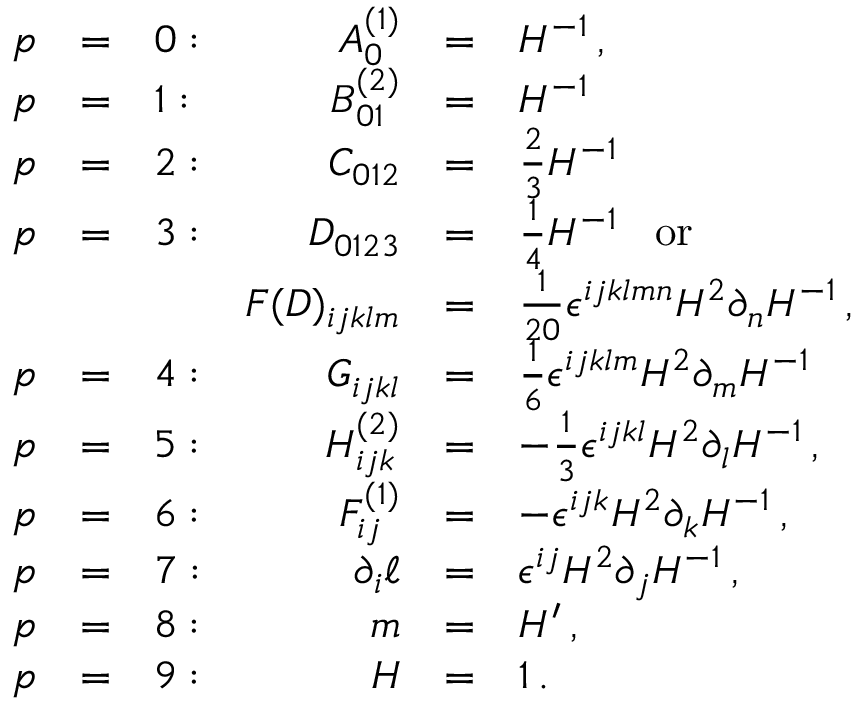
\begin{array} { r c l r c l } { { p } } & { { = } } & { { 0 : } } & { { A _ { 0 } ^ { ( 1 ) } } } & { { = } } & { { H ^ { - 1 } \, , } } \\ { { p } } & { { = } } & { { 1 : } } & { { { \cal B } _ { 0 1 } ^ { ( 2 ) } } } & { { = } } & { { H ^ { - 1 } \, } } \\ { { p } } & { { = } } & { { 2 : } } & { { C _ { 0 1 2 } } } & { { = } } & { { { \frac { 2 } { 3 } } H ^ { - 1 } \, } } \\ { { p } } & { { = } } & { { 3 : } } & { { D _ { 0 1 2 3 } } } & { { = } } & { { { \frac { 1 } { 4 } } H ^ { - 1 } \, \ \ \mathrm { o r } } } \\ { { } } & { { } } & { { } } & { { F ( D ) _ { i j k l m } } } & { { = } } & { { { \frac { 1 } { 2 0 } } \epsilon ^ { i j k l m n } H ^ { 2 } \partial _ { n } H ^ { - 1 } \, , } } \\ { { p } } & { { = } } & { { 4 : } } & { { G _ { i j k l } } } & { { = } } & { { { \frac { 1 } { 6 } } \epsilon ^ { i j k l m } H ^ { 2 } \partial _ { m } H ^ { - 1 } \, } } \\ { { p } } & { { = } } & { { 5 : } } & { { { \cal H } _ { i j k } ^ { ( 2 ) } } } & { { = } } & { { - { \frac { 1 } { 3 } } \epsilon ^ { i j k l } H ^ { 2 } \partial _ { l } H ^ { - 1 } \, , } } \\ { { p } } & { { = } } & { { 6 : } } & { { F _ { i j } ^ { ( 1 ) } } } & { { = } } & { { - \epsilon ^ { i j k } H ^ { 2 } \partial _ { k } H ^ { - 1 } \, , } } \\ { { p } } & { { = } } & { { 7 : } } & { { \partial _ { i } \ell } } & { { = } } & { { \epsilon ^ { i j } H ^ { 2 } \partial _ { j } H ^ { - 1 } \, , } } \\ { { p } } & { { = } } & { { 8 : } } & { { m } } & { { = } } & { { H ^ { \prime } \, , } } \\ { { p } } & { { = } } & { { 9 : } } & { { H } } & { { = } } & { { 1 \, . } } \end{array}